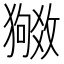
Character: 𬍉